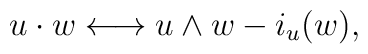
u\cdot w\longleftrightarrow u\wedge w - i_{u}(w),